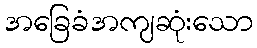
အခြေခံအကျဆုံးသော